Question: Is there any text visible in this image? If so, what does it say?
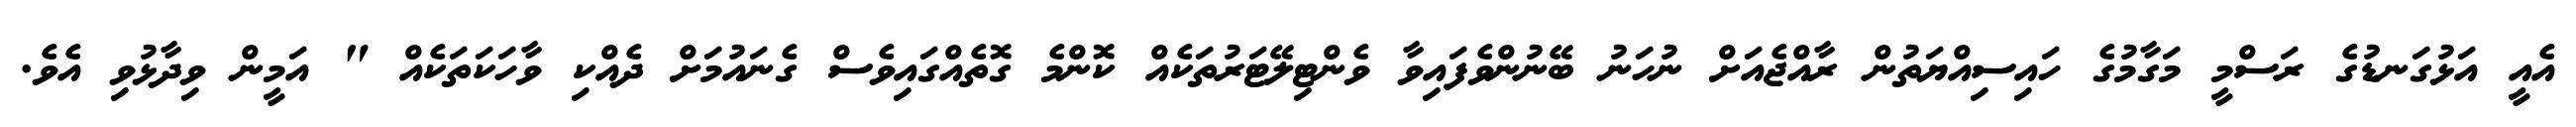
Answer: އެއީ އަޅުގަނޑުގެ ރަސްމީ މަގާމުގެ ހައިސިއްޔަތުން ރާއްޖެއަށް ނުހަނު ބޭނުންވެފައިވާ ވެންޓިލޭޓަރުތަކެއް ކޮންމެ ގޮތެއްގައިވެސް ގެނައުމަށް ދެއްކި ވާހަކަތަކެއް " އަމީން ވިދާޅުވި އެވެ.